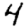
Digit: 4